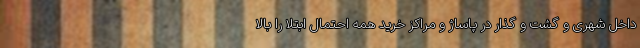
داخل شهری و گشت و گذار در پاساژ و مراکز خرید همه احتمال ابتلا را بالا